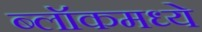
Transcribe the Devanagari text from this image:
ब्लॉकमध्‍ये